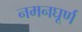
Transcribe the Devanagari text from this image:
नमनघूर्ण